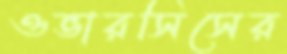
ওভারসিসের